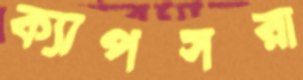
ক্যাপসরা